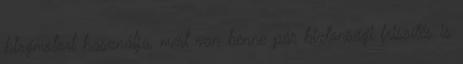
blogmotort használja, mert van benne pár biztonsági frissítés is